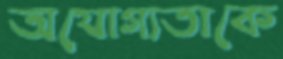
অযোগ্যতাকে